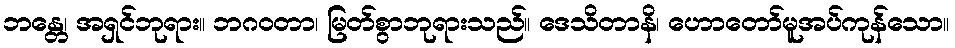
ဘန္တေ၊ အရှင်ဘုရား။ ဘဂဝတာ၊ မြတ်စွာဘုရားသည်။ ဒေသိတာနိ၊ ဟောတော်မူအပ်ကုန်သော။